Calcutta medical institutions reports 1871-78
Year: 1871
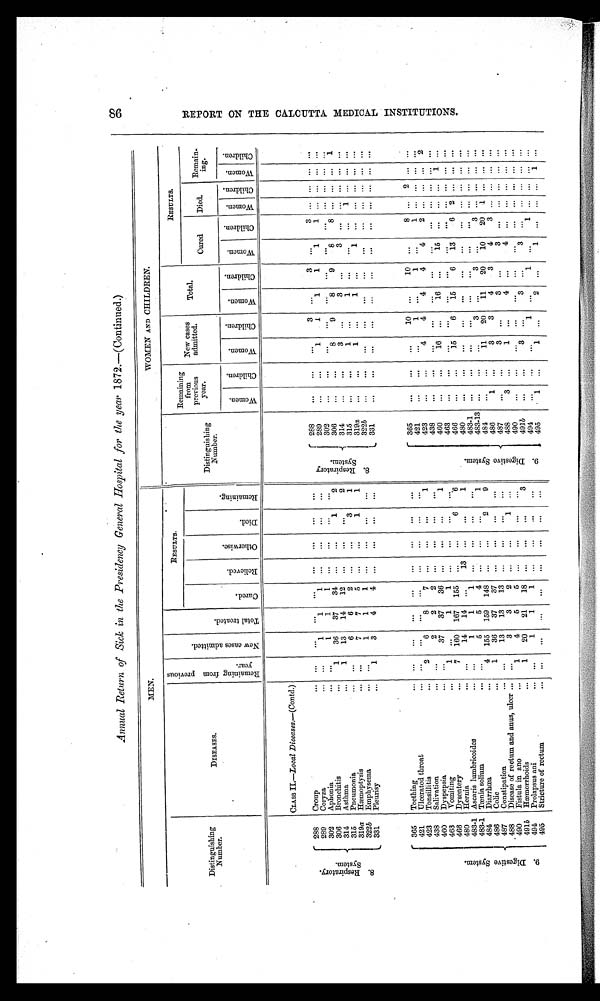
Annual Return of Sick in the presidency General Hospital for the year</i> 1872._(Continued.)
MEN.
WOMEN AND CHILDREN.
Distinguishing
Number.
DISEASES.
R e m a i n i n g f r o m p r e v i o u s y e a r .
N e w c a s e s a d m i t t e d .
T o t a l t r e a t e d .
RESULTS.
Distinguishing
Number.
Remaining
from
previous
year.
New cases
admitted.
Total.
RESULTS.
C u r e d .
R e l i e v e d .
O t h e r w i s e .
D i e d .
R e m a i n i n g .
Cured
Died.
Remain-
i n g .
W o e m n .
C h i l d r e n .
W o m e n .
C h i l d r e n .
W o m e n .
C h i l d r e n
.
W o m e n .
C h i l d r e n .
W o m e n . C h i l d r e n . Wo me n .
C h i l d r e n .
CLASS II.-Local Dieeases.-(Contd.
8 . R e s p i r a t o r y . S y s t e m .
288
Croup
. . .
. . .
. . .
. . .
. . .
. . . .
. . .
. . . .
8 . R e s p i r a t o r y S y s t e m .
288
...
...
...
3
...
3 ...
3
. . . . . .
. . . . . .
289
Coryza
...
1
1
1
. . .
. . .
...
. . .
289
. . .
. . .
1
1
1
1
1
1
. . . . . .
. . . . . .
302 Aphonia
. . .
1
1
1
. . .
...
. . .
...
3 0 2
. . .
. . .
. . .
. . .
...
. . .
...
. . .
. . . . . .
. . . . . .
306
Bronchitis
1
36
37
34 ...
...
1
2
306
. . .
. . .
8
9
8
9
8
8
. . . . . .
. . . 1
314 Asthma
1
13
14
12 . . .
. . .
. . .
2
314
. . .
. . .
3
. . .
3
. . .
3
. . .
. . . . . .
. . . . . .
315
Pneumonia
. . .
6
6
2
. . .
. . .
3
1
315
. . .
. . .
1
. . .
1
. . .
. . .
. . .
1
. . .
. . . . . .
319a Hæmoptysis
. . .
7
7
5
. . .
. . .
1
1
319a
. . .
. . .
1
. . .
1
. . .
1
. . .
. . . . . .
. . . . . .
322b Emphysema
. . .
1
1
1
. . .
. . .
. . . ...
322b
. . .
. . .
. . .
. . .
...
. . .
...
. . .
. . . . . .
. . . . . .
331
Pleurisy
1
3
4
4
. . .
. . .
. . .
. . .
331
. . .
. . .
. . .
. . .
. . . . . .
. . . . . .
. . .
. . .
. . . . . .
9 . D i g e s t i v e s y s t e m .
365
Teething
. . .
. . .
...
...
...
...
...
...
9 . D i g e s t i v e S y s t e m .
3 6 5
. . .
. . .
. . .
10 ...
10 ...
8
. . . 2
. . . . . .
421
Ulcerated throat
. . .
...
. . .
. . .
. . .
. . .
...
...
4 2 1
...
...
...
1 ...
1 ...
1
. . . . . .
. . .
. . .
423
Tonsillitis
2
6
8
7
. . .
. . .
. . . 1
4 3 8
. . .
...
4
4
4
4
4
2 . . . ... ...
2
438 Salivation
...
2
2
2
. . .
. . .
. . .
...
4 3 8
...
. . .
. . .
. . .
. . . . . .
. . . . . .
. . .
. . .
. . . . . .
460 Dyspepsia
...
37
37
36
. . .
. . .
...
1
4 6 0
...
. . .
16 ...
16 ...
15 ... ... . . .
1
. . .
463
Vomiting
1
. . .
1
1 ...
. . .
...
. . .
4 6 3
. . .
. . .
. . .
. . .
. . . . . .
. . . . . .
. . .
. . .
. . .
. . .
466 Dysentery
7 160 167 155 ...
...
6
6
4 6 6
. . .
. . .
15
6
15
6
13
6 2
. . .
. . . . . .
480 Hernia
. . .
14
14
. . .
13
. . .
. . . ...
480
. . .
. . .
. . .
. . . ...
. . . .
. . .
. . .
. . .
. . .
. . .
. . .
483-1 Ascaris lumbricoides
. . .
1
1
1
. . .
. . .
. . .
. . .
4 8 3 - 1 . . .
. . .
. . . . . .
.. .
. . .
...
. . .
. . . . . .
. . . . . .
483-1 Tænia solium
. . .
5
5
4
. . .
. . .
. . .
1
483- 13 . . .
...
...
3 ...
3 ...
3
. . . . . .
. . . . . .
484 Diarrhœa
4 155 159 148
. . .
...
2
9
4 8 4
. . .
...
11
20
11
20
10
20 1 . . .
. . .
. . .
486 Colic
1
36
37
37 ...
...
...
...
4 8 6
1 ...
3
3
4
3
4
3
. . . . . .
. . . . . .
487
Constipation
...
13
13
13
. . .
...
...
...
4 8 7
. . .
. . .
3 ...
3
. . .
3
. . .
. . . . .
. . . . . .
. 488 Disease of rectum and anus, ulcer
. . .
3
3
2
. . .
. . .
1 ...
4 8 8
3
. . .
1 ...
4 ...
4
. . .
. . .
. . .
. . .
. . .
490 Fistula in ano
1
4
5
5
. . .
. . .
. . .
. . .
4 9 0
. . .
. . .
...
. . .
. . .
. . .
. . .
. . . . . . ... ... ...
491 b Hæmorrhoids.
1
20
21
18 ...
...
...
3
4 9 1 b
. . .
. . .
3
. . .
3
. . .
3
. . . . . . . . .
. . .
. . .
494 Prolapsus ani
. . .
1
1
1
. . .
. . .
...
...
4 9 4
. . .
...
...
1 ...
1 ...
1
. . . . . . . . .
. . .
495
Stricture of rectum
...
. . .
. . .
. . .
. . .
. . .
. . . ...
4 9 5
1
. . .
1
. . .
2 ...
1
. . .
. . . . . . 1
. . .